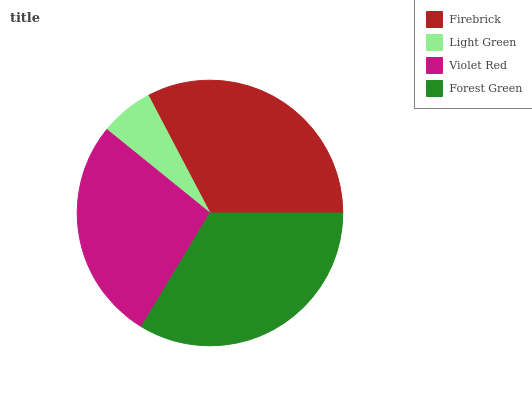
| Firebrick | Light Green | Violet Red | Forest Green |
 | --- | --- | --- | --- |
 | 32.7% | 6.48% | 27.2% | 33.6% |